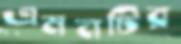
এমনটির